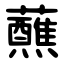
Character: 蘸